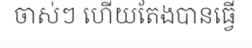
ចាស់ៗ ហើយតែងបានធ្វើ